Vaccination Hyderabad 1890-1903 - 1890-1903
Year: 1890
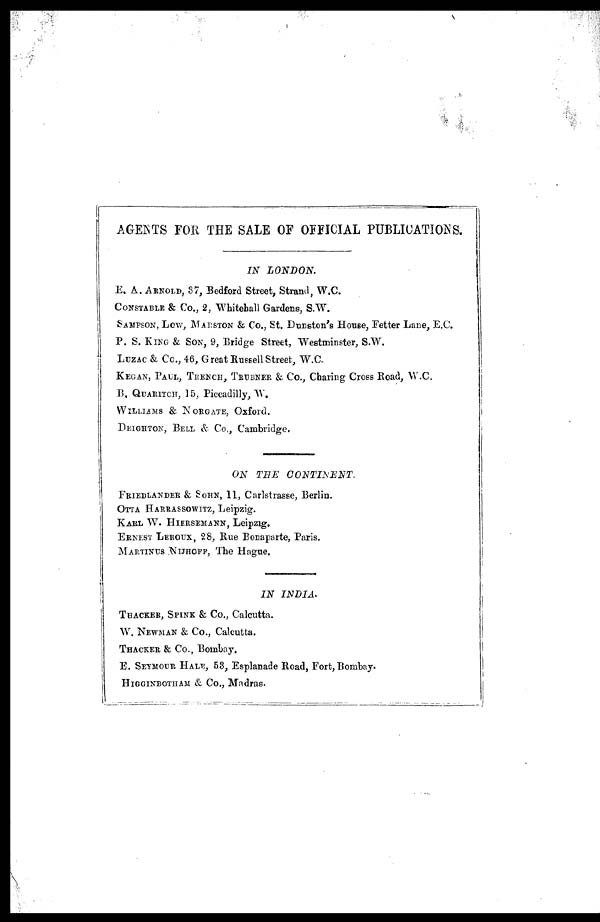
AGENTS FOR THE SALE OF OFFICIAL PUBLICATIONS.
IN
LONDON.
E. A. ARNOLD, 37, Bedford Street, Strand, W.C.
CONSTABLE & Co., 2, Whitehall Gardens, S.W.
SAMPSON, LOW, MARSTON & Co., St. Dunston's House, Fetter Lane, E.C.
P. S. KING & SON, 9, Bridge Street, Westminster, S.W.
LUZAC & Co., 46, Great Russell Street, W.C.
KEGAN, PAUL, TRENCH, TRUBNER & Co., Charing Cross Road, W.C.
B. QUARITCH, 15, Piccadilly, W.
WILLIAMS & NORGATE, Oxford.
DEIGHTON, BELL & Co., Cambridge.
ON THE
CONTINENT.
FRIEDLANDER & SOHN, 11, Carlstrasse, Berlin.
OTTA HARRASSOWITZ, Leipzig.
KARL W. HIERSEMANN, Leipzig.
ERNEST LEROUX, 28, Rue Bonaparte, Paris.
MARTINUS NIJHOFF, The Hague.
IN
INDIA.
THACKER, SPINK & Co., Calcutta.
W. NEWMAN & Co., Calcutta.
THACKER & CO., Bombay.
E. SEYMOUR HALE, 53, Esplanade Road, Fort, Bombay.
HIGGINBOTHAM & Co., Madras.